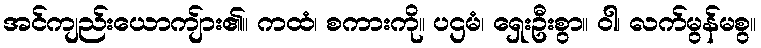
အင်ကျည်းယောကျ်ား၏။ ကထံ၊ စကားကို။ ပဌမံ၊ ရှေးဦးစွာ။ ဝါ၊ လက်မွန်မစွ။